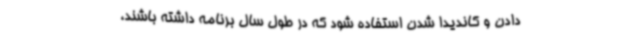
دادن و کاندیدا شدن استفاده شود که در طول سال برنامه داشته باشند،